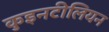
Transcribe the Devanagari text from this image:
कुइनटीलियन